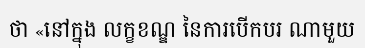
ថា «នៅក្នុង លក្ខខណ្ឌ នៃការបើកបរ ណាមួយ